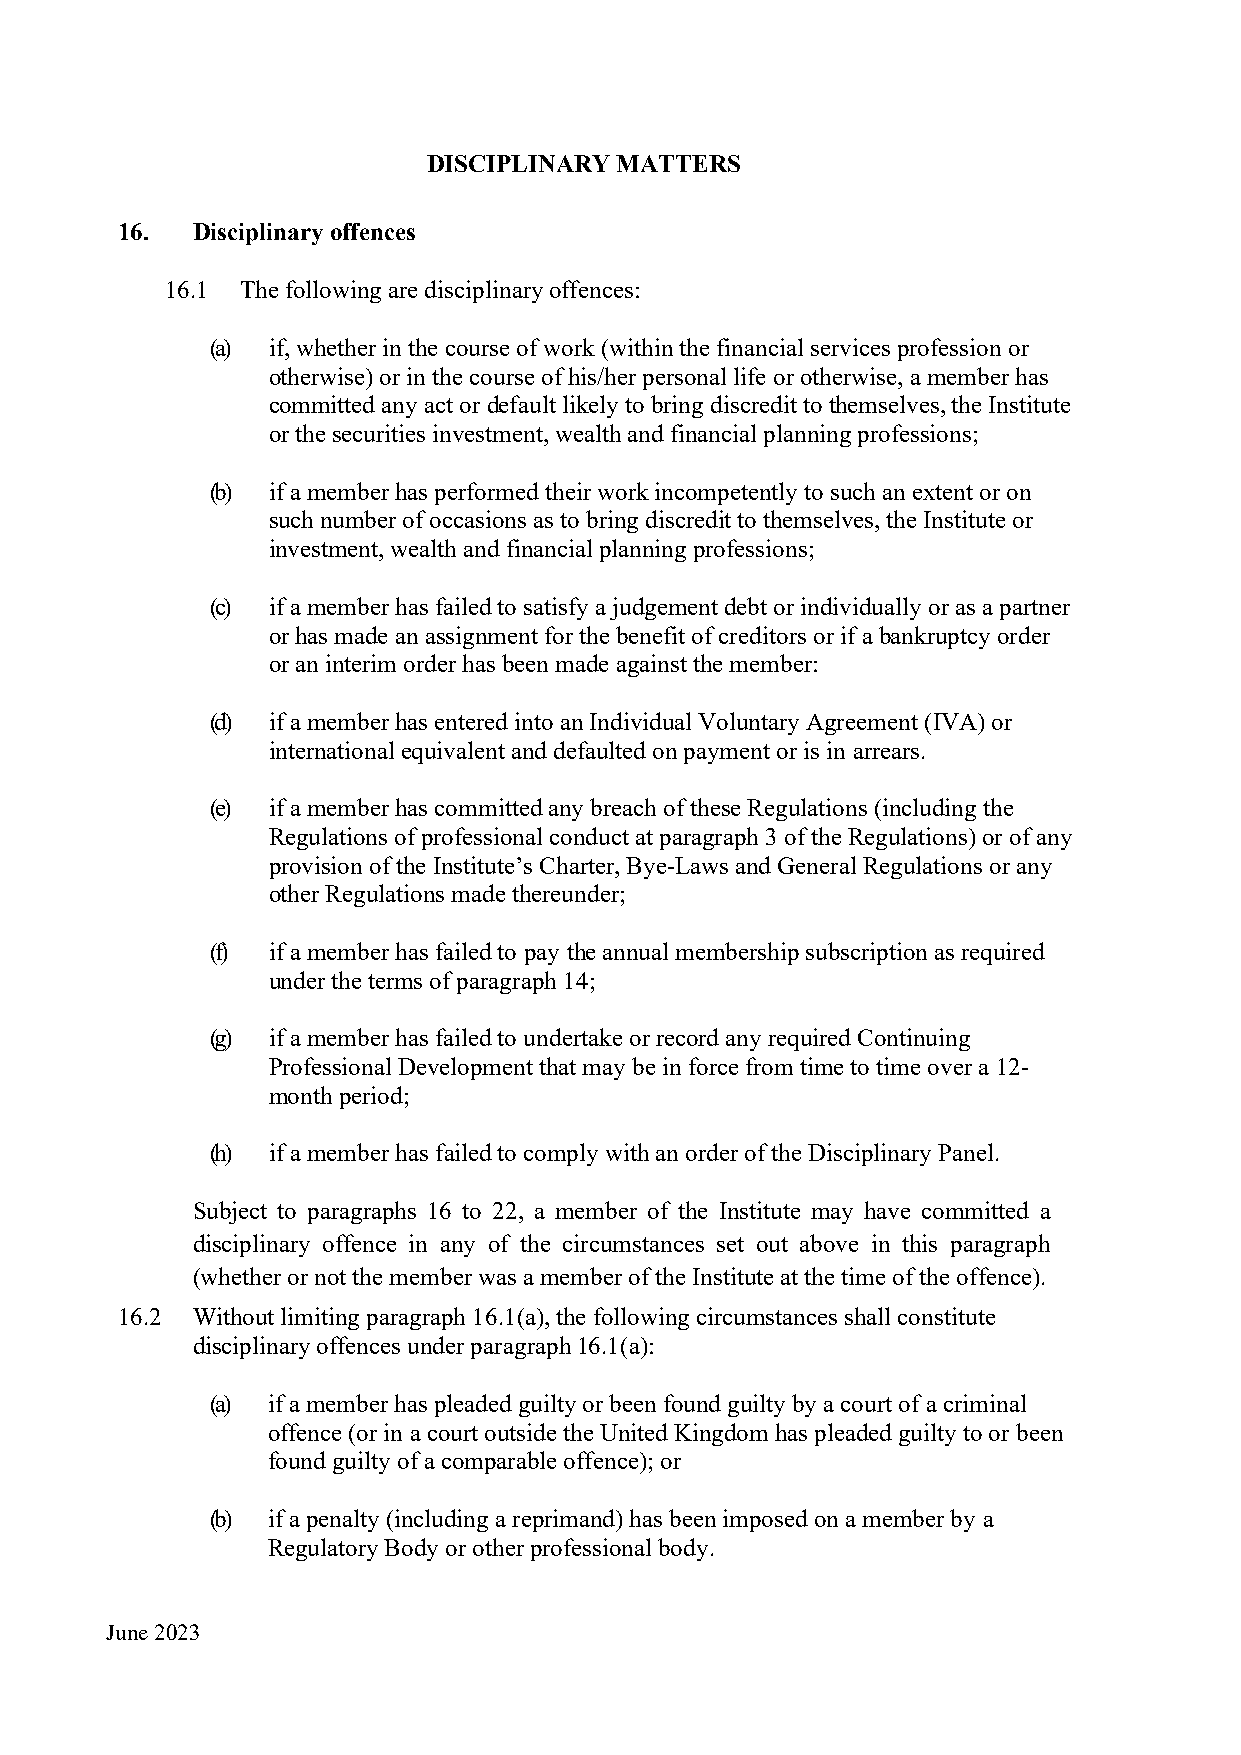
DISCIPLINARY MATTERS
 16.  Disciplinary offences
 16.1 The following are disciplinary offences:
 (a) if, whether in the course of work (within the financial services profession or
 otherwise) or in the course of his/her personal life or otherwise, a member has
 committed any act or default likely to bring discredit to themselves, the Institute
 or the securities investment, wealth and financial planning professions;
 (b) if a member has performed their work incompetently to such an extent or on
 such number of occasions as to bring discredit to themselves, the Institute or
 investment, wealth and financial planning professions;
 (c) if a member has failed to satisfy a judgement debt or individually or as a partner
 or has made an assignment for the benefit of creditors or if a bankruptcy order
 or an interim order has been made against the member:
 (d) if a member has entered into an Individual Voluntary Agreement (IVA) or
 international equivalent and defaulted on payment or is in arrears.
 (e) if a member has committed any breach of these Regulations (including the
 Regulations of professional conduct at paragraph 3 of the Regulations) or of any
 provision of the Institute’s Charter, Bye-Laws and General Regulations or any
 other Regulations made thereunder;
 (f) if a member has failed to pay the annual membership subscription as required
 under the terms of paragraph 14;
 (g) if a member has failed to undertake or record any required Continuing
 Professional Development that may be in force from time to time over a 12-
 month period;
 (h) if a member has failed to comply with an order of the Disciplinary Panel.
 Subject to paragraphs 16 to 22, a member of the Institute may have committed a
 disciplinary offence in any of the circumstances set out above in this paragraph
 (whether or not the member was a member of the Institute at the time of the offence).
 16.2 Without limiting paragraph 16.1(a), the following circumstances shall constitute
 disciplinary offences under paragraph 16.1(a):
 (a) if a member has pleaded guilty or been found guilty by a court of a criminal
 offence (or in a court outside the United Kingdom has pleaded guilty to or been
 found guilty of a comparable offence); or
 (b) if a penalty (including a reprimand) has been imposed on a member by a
 Regulatory Body or other professional body.
 June 2023